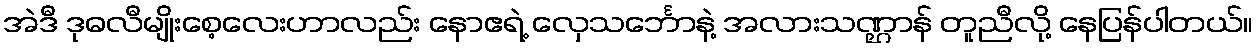
အဲဒီ ဒုဓလီမျိုးစေ့လေးဟာလည်း နောဧရဲ့ လှေသင်္ဘောနဲ့ အလားသဏ္ဌာန် တူညီလို့ နေပြန်ပါတယ်။